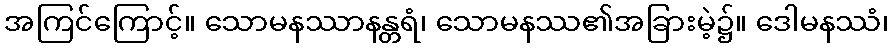
အကြင်ကြောင့်။ သောမနဿာနန္တရံ၊ သောမနဿ၏အခြားမဲ့၌။ ဒေါမနဿံ၊